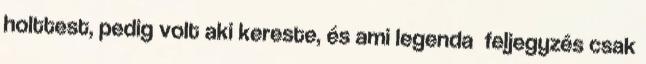
holttest, pedig volt aki kereste, és ami legenda feljegyzés csak